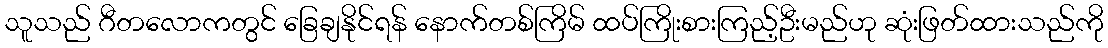
သူသည် ဂီတလောကတွင် ခြေချနိုင်ရန် နောက်တစ်ကြိမ် ထပ်ကြိုးစားကြည့်ဦးမည်ဟု ဆုံးဖြတ်ထားသည်ကို